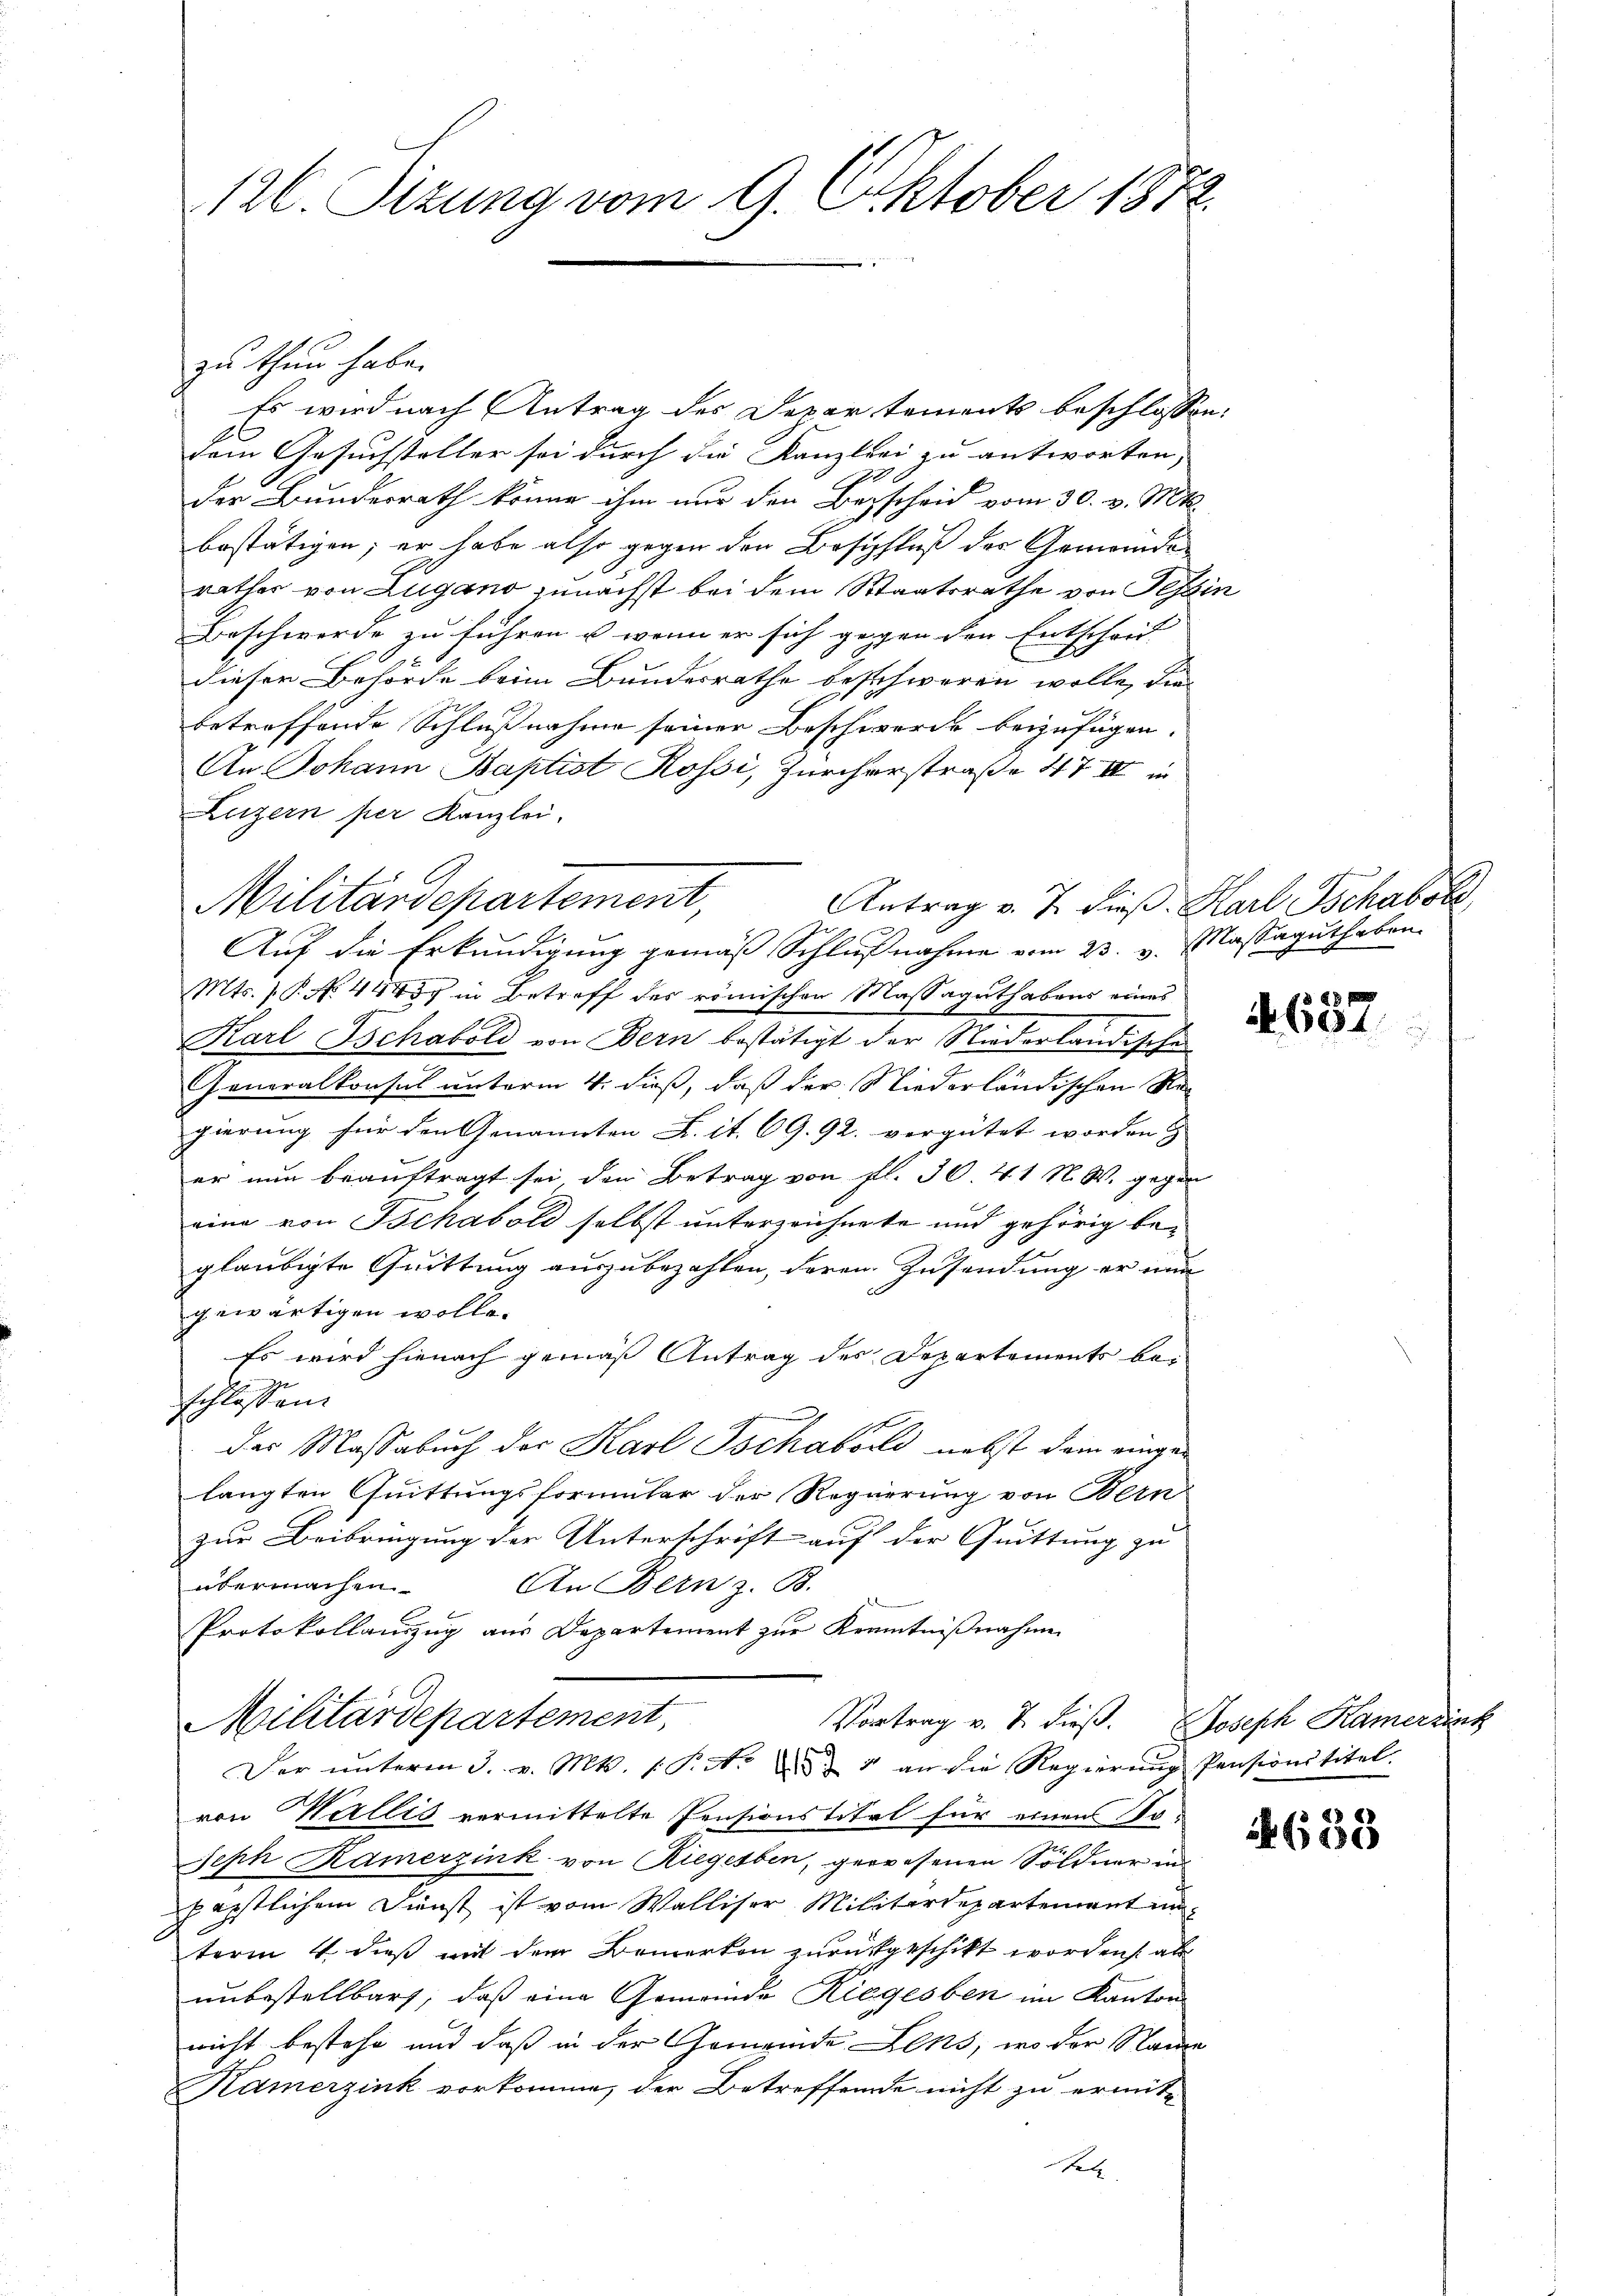
126. Sizung vom 9. Oktober 1872.

zu thun habe.

Es wird nach Antrag des Departements beschlosse
dem Gesuchsteller sei durch die Kanzlei zu antworten,
Der Bundesrath könne ihm nur den Bescheid vom 30. v. Mts.
bestätigen; er habe also gegen den Beschluß der Gemeinderathes von Zugano zunächst bei dem Staatsrathe von Gese
Beschwerde zu führen u. wenn er sich gegen den Entscheid- |
dieser Behörde beim Bundesrathe beschweren wolle, die
betreffende Schlußnahme seiner Beschwerde beizufügen.
An Johann Baptist Rossi, Zürcherstraße 47 III in
Luzern per Kanzlei.
Antrag v. 7. dieß Karl Schabold,
Auf die Erkundigung gemäß Schlußnahme vom 23. v. Massaguthaben.
Mts. v. P. No. 4443 in Betreff des römischen Massaguthabens eines
Karl Tschabold von Bern bestätigt der Niederländische
Generalkonsul unterm 4. dieß, daß der Niederländischen Regierung für den Genannten K. it. 69. 92. vergütet worden.
er nun beauftragt sei den Betrag von fl. 30. 41 N. W. gegen
eine von Tschabold selbst unterzeichnete und gehörig begläubigte Quittung auszubezahlen, deren Zusendung er eine
gewärtigen wolle.
Es wird hienach gemäß Antrag des Departements beschlossen.
der Massabuch der Karl Tschabord nebst dem eingelangten Quittungsformular der Regierung von Bern
zur Beibringung der Unterschrift auf der Quittung zu
übermachen
An Bern z. B.
Protokollauszug aus Departement zur Kenntnißnahme
Militärdepartement,
Vortrag v. 7. dieß. Joseph Kamersink
Der ŭnterm 3. v. Mts. 1. P. Nr. 2 & 4 an die Regierŭng Pensionstitel.
von Wallis vermittelte Pensionstitel für einen So¬
Seph Ramerzink von Riegerben, gewesenen Söldner in
päpstlichem Dienst ist vom Walliser Militärdepartement un
term 4. dieß mit dem Bemerken zurückgeschickt worden als
unbestellbars, daß eine Gemeinde Riegesben im Kantons
nicht bestehe und daß in der Gemeinde Zins, wo der Name
Kamerzink vorkomme, der Betreffende nicht zu ermithel

Militärdepartement,

n
bie

694

4658